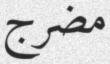
مضرج